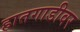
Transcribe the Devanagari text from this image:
हातगाडीवर